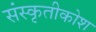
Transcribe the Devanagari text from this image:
संस्कृतीकोश